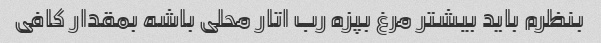
بنظرم باید بیشتر مرغ بپزه رب اتار محلی باشه بمقدار کافی